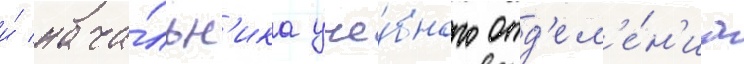
и́ нача́льн'ика уче́бного отд'ел'е́н'иа